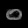
Digit: ၀